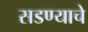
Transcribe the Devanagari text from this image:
सडण्याचे